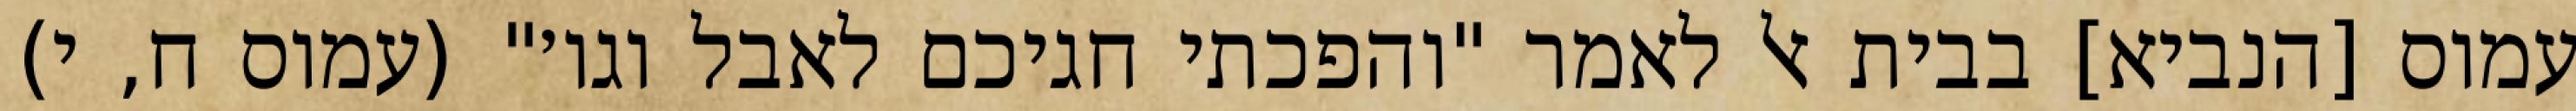
עמוס [הנביא] בבית אל לאמר "והפכתי חגיכם לאבל וגו׳" (עמוס ח, י)